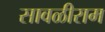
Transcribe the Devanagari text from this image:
सावळीराम